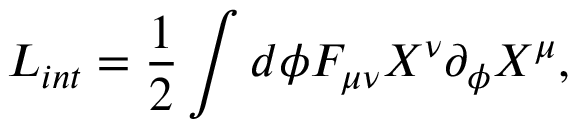
L _ { i n t } = \frac { 1 } { 2 } \int d \phi F _ { \mu \nu } X ^ { \nu } \partial _ { \phi } X ^ { \mu } ,